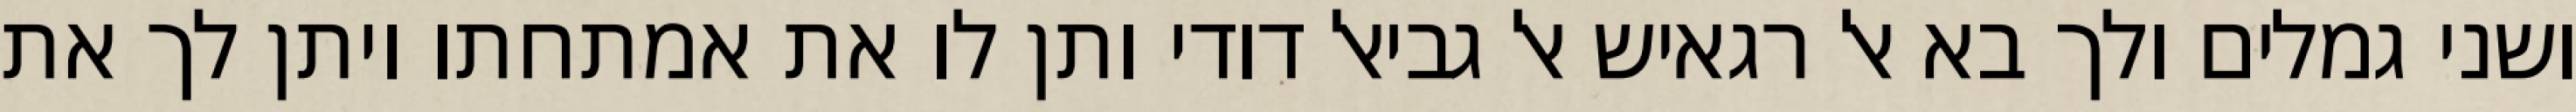
ושני גמלים ולך בא אל רגאיש אל גביאל דודי ותן לו את אמתחתו ויתן לך את